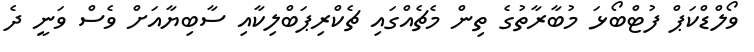
ވޯލްޑްކަޕް ފުޓްބޯޅަ މުބާރާތުގެ ތިން މެޗެއްގައި ޗެކްރިޕަބްލިކާއި ސާބިޔާއަށް ވެސް ވަނީ ދެ